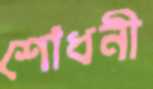
শোধনী